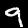
Label: 9